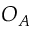
O _ { A }